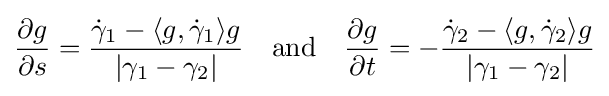
{\frac {\partial g}{\partial s}}={{\dot {\gamma }}_{1}-\langle g,{\dot {\gamma }}_{1}\rangle g \over |\gamma _{1}-\gamma _{2}|}\quad {\mbox{and}}\quad {\frac {\partial g}{\partial t}}=-{{\dot {\gamma }}_{2}-\langle g,{\dot {\gamma }}_{2}\rangle g \over |\gamma _{1}-\gamma _{2}|}